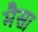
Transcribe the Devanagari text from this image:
मैसा